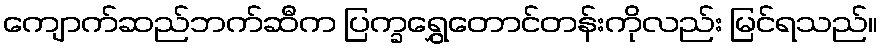
ကျောက်ဆည်ဘက်ဆီက ပြက္ခရွှေတောင်တန်းကိုလည်း မြင်ရသည်။